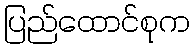
ပြည်ထောင်စုက